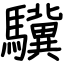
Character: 驥